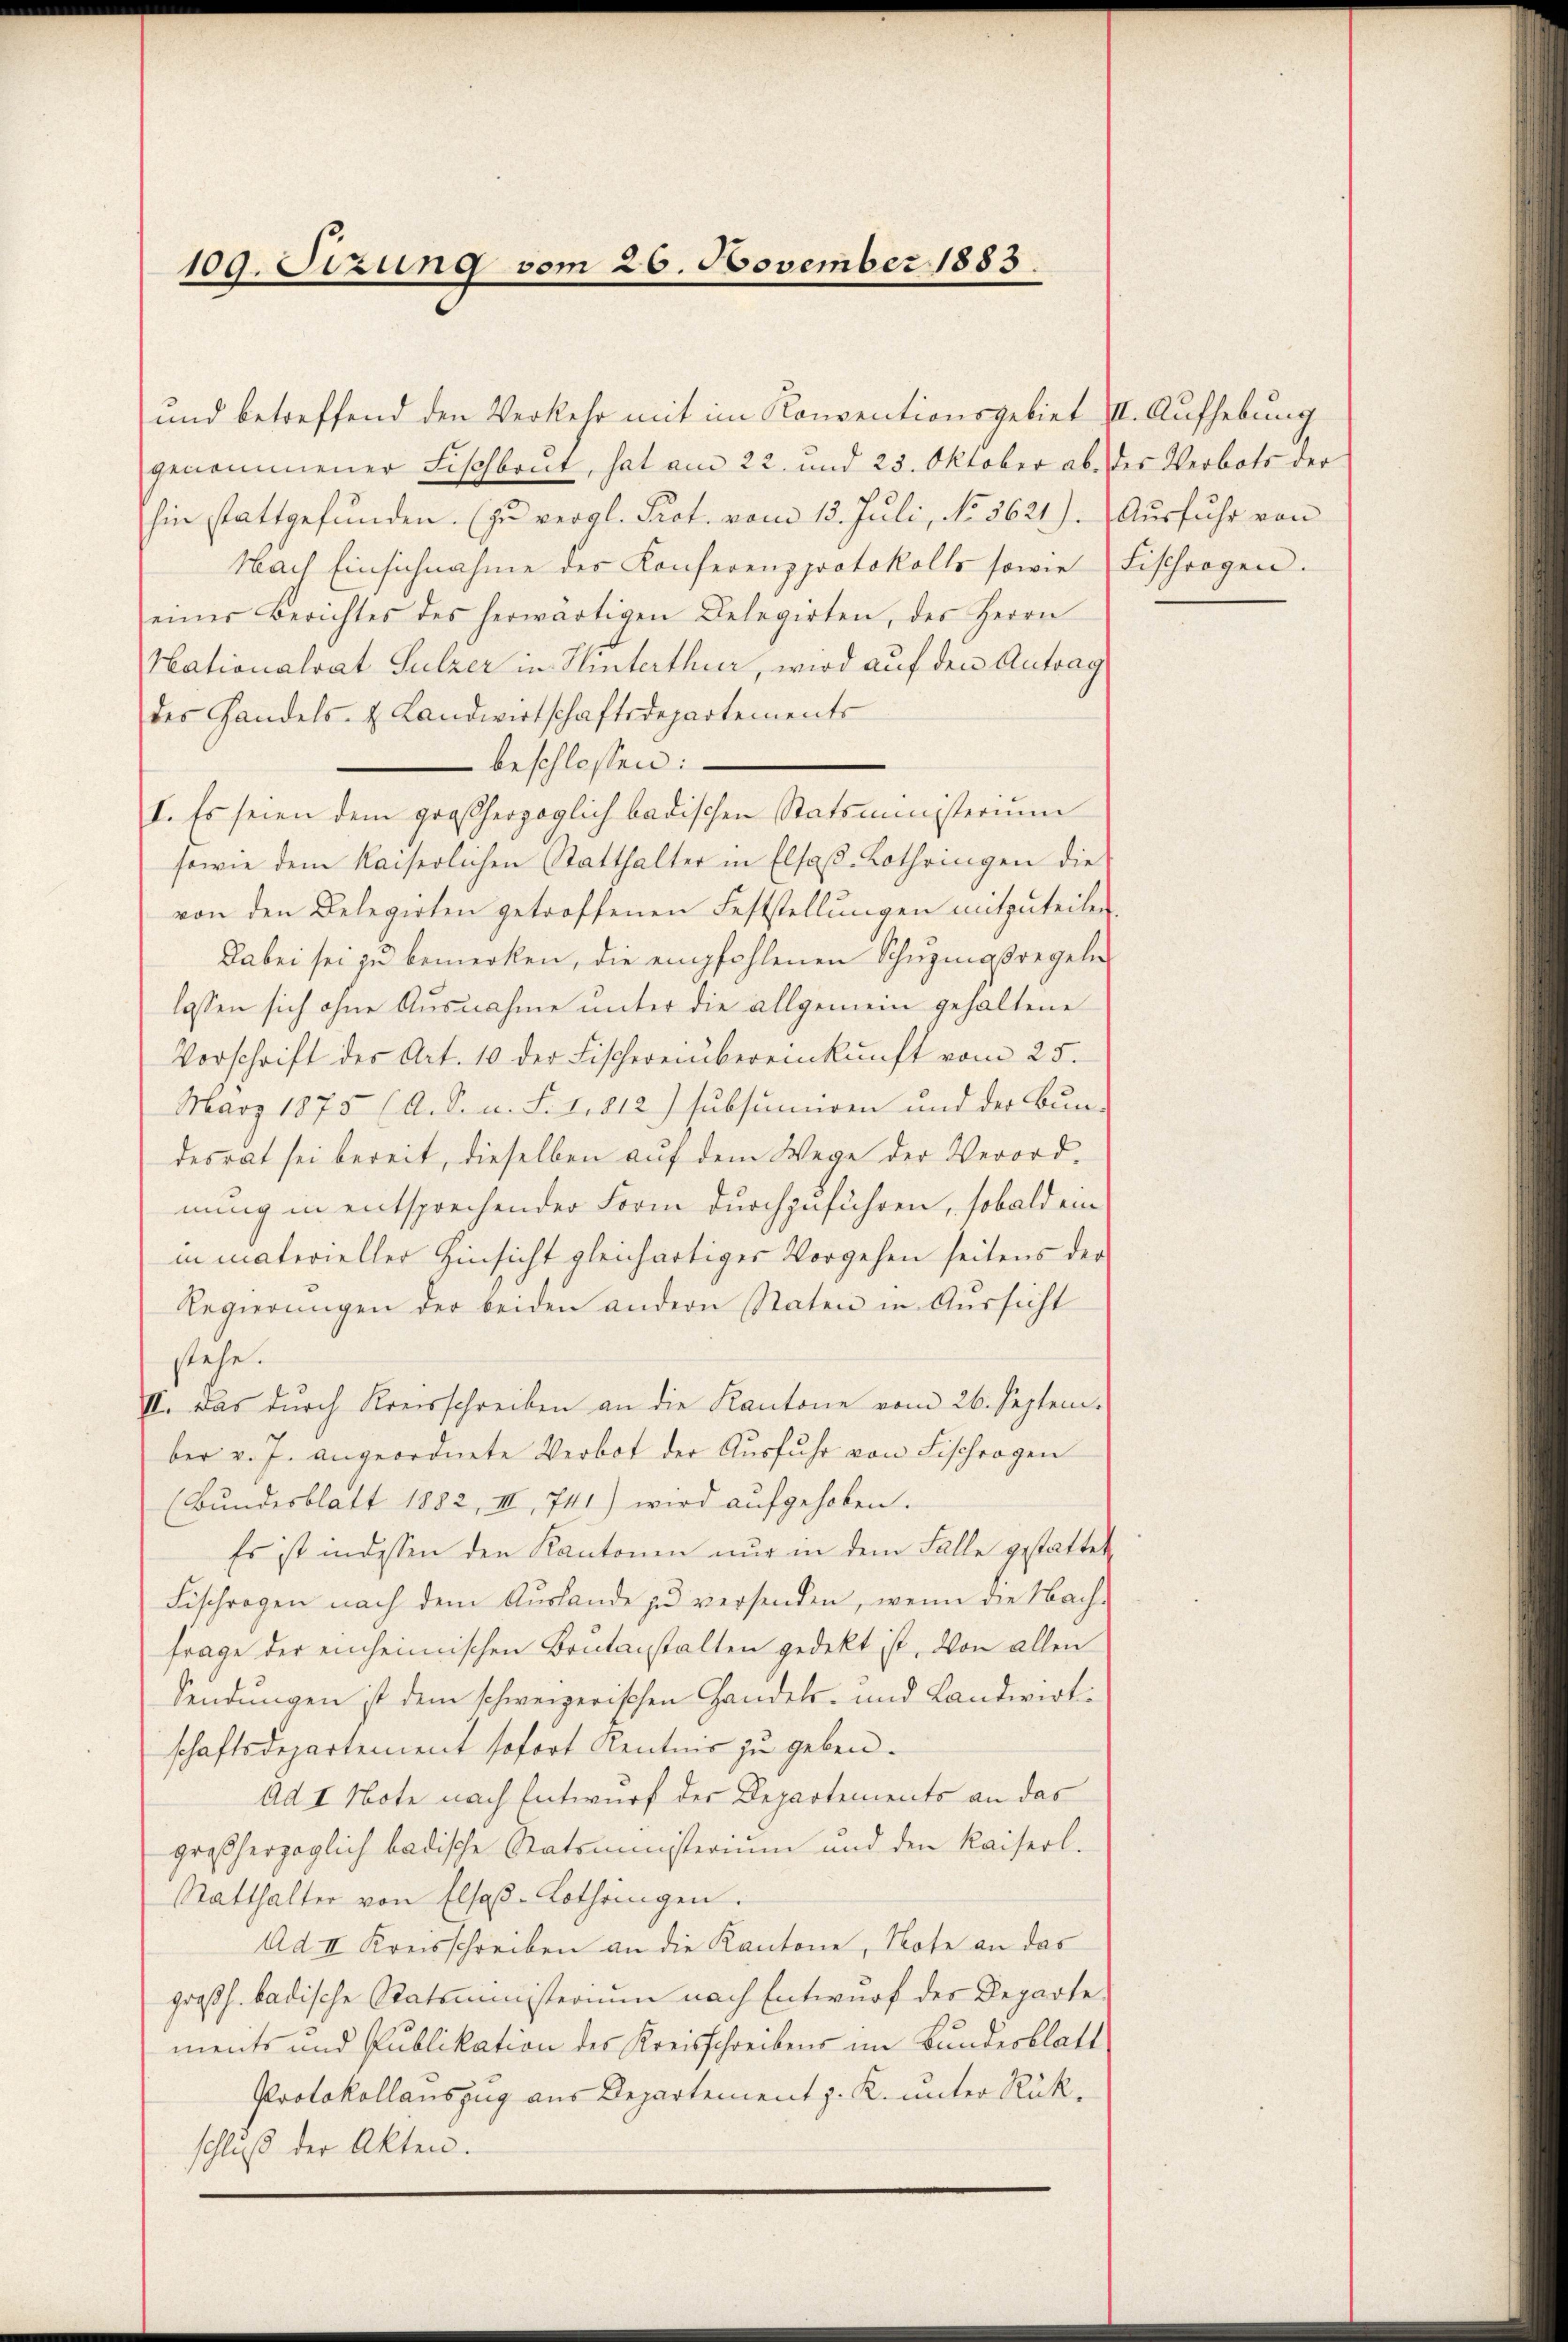
109. Sizung vom 26. November 1883.

genommener Fischbaut, hat am 22. und 25. Oktober ab. des Verbots der
hin stattgefŭnden. (zu vergl. Pact. vom 13. Juli, No. 3621). Ausfuhr von
Nach Einsichnahme des Konferenzprotokolls sowie Fischrogen.
einer Berichtes des herwärtigen Belegirten, des Herrn
Hationalrat Sulzer in Hinterthur, wird auf den Antrag
des Handels- & Landwirtschaftsdepartements
 beschlossen:
I. Es seien dem großherzoglich badischen Statsministerium
sowie dem Kaiserlichen Statthalter in Elsaß. Lothringen die
von den Belegirten getroffenen Feststellungen mitzuteilen.
Dabei sei zu bemerken, die empfohlenen Schŭzmassregeln
lassen sich ohne Ausnahme unter die allgemein gehaltene
Vorschrift des Art. 10 der Fischereinbereinkunft vom 25.
März 1875 (A. S. u. S. 1812) subsumiren und der Bun-
desrat sei bereit, dieselben auf dem Wege der Verordnung in entsprechender Form durchzuführen, sobald ein
in materieller Hinsicht gleichartiger Vorgehen seitens der
Regierŭngen der beiden andern Staten in Aussicht
stehe.
II. Das durch Kreisschreiben an die Kantone vom 26. Septem-
ber v. J. angeordnete Verbot der Ausfuhr von Fischrogen
(Bundesblatt 1882, III 741) wird aŭfgehoben.
Es ist in dessen den Kantonen nur in dem Falle gestattet
Fischragen nach dem Aŭslande zu versenden, wenn die Nach-
frage der einheimischen Brutanstalten gedekt ist. Von allen
Sendungen ist dem schweizerischen Handels- und Landwirtschaftsdepartement sofort Kenntnis zu geben.
Ad I Note nach Entwurf der Departements an das
großherzoglich badische Statsministerium und den Kaiserl.
Statthalter von Elsaß-Lothringen.
Ad II Kreisschreiben an die Kantone, Note an das
großh. badische Ratsministerium nach Entwurf der Departe
ments und Publikation des Kreisschreibens im Bundesblatt
Protokollauszug aus Departement z. K. unter Rükschluß der Akten.

und betreffend den Verkehr mit im Konventionsgebiet II. Aufhebung